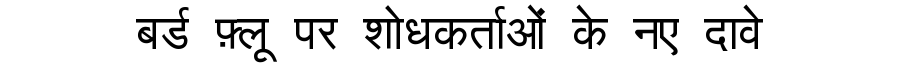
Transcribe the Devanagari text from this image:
बर्ड फ़्लू पर शोधकर्ताओं के नए दावे